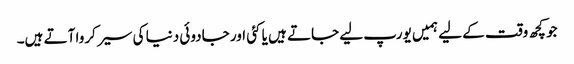
جو کچھ وقت کے لیے ہمیں یورپ لیے جاتے ہیں یا کئی اور جادوئی دنیا کی سیر کروا آتے ہیں۔